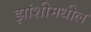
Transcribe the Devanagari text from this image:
झांशीमधील